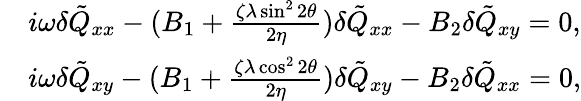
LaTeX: \begin{array}{rl}&{i\omega\delta\tilde{Q}_{xx}-(B_{1}+\frac{\zeta\lambda\sin^{2}2\theta}{2\eta})\delta\tilde{Q}_{xx}-B_{2}\delta\tilde{Q}_{xy}=0,}\\ &{i\omega\delta\tilde{Q}_{xy}-(B_{1}+\frac{\zeta\lambda\cos^{2}2\theta}{2\eta})\delta\tilde{Q}_{xy}-B_{2}\delta\tilde{Q}_{xx}=0,}\end{array}